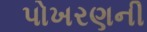
પોખરણની